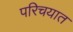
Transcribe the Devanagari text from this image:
परिचयात